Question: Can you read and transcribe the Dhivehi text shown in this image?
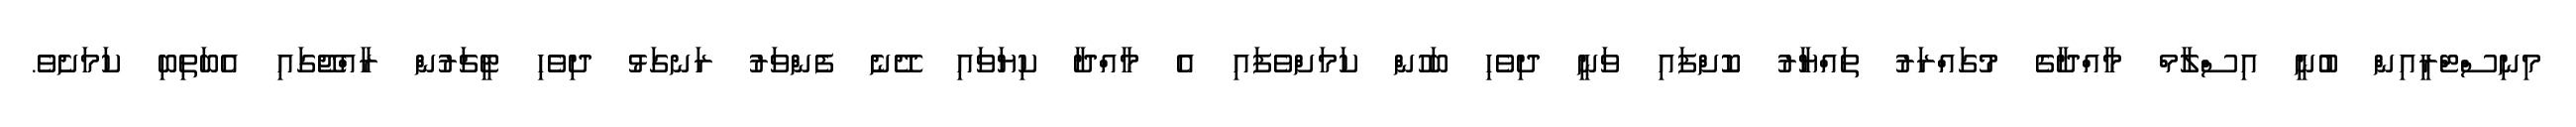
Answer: މިނިސްޓްރީއިން ބުނީ އިސްލާމް މާއްދާގެ މުގައްރަރު ތައްޔާރު ކޮށްފައި ވަނީ ދިވެހި ބަހުން ކަމަށްވެފައި އެ މާއްދާ ކިޔަވައި ދޭނެ ފެންވަރު ރަނގަޅު ދިވެހި ޓީޗަރުން ރާއްޖޭގައި އެބަތިބި ކަމަށެވެ.